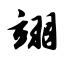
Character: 翊